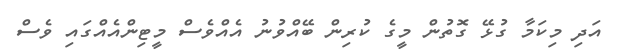
އަދި މިކަމާ ގުޅޭ ގޮތުން މީގެ ކުރިން ބޭއްވުނު އެއްވެސް މީޓިންއެއްގައި ވެސް